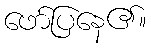
ဖော်ပြနေ၏။